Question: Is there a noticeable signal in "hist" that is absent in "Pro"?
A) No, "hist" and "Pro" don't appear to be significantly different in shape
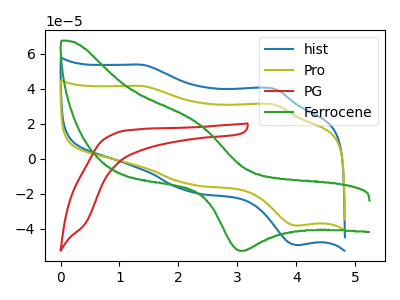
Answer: <think>The blue curve "hist" has anodic peaks at (1.40V, 53.70uA) (3.60V, 40.00uA) and cathodic peaks at (2.20V, -18.80uA) (4.05V, -49.30uA). The olive curve "Pro" has anodic peaks at (1.40V, 41.55uA) (3.60V, 30.95uA) and cathodic peaks at (2.20V, -14.55uA) (4.05V, -38.15uA). The red curve "PG" has no peaks. The green curve "Ferrocene" has an anodic peak at (2.30V, 20.95uA) and a cathodic peak at (3.10V, -52.55uA).
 All the peaks in "hist" have a peak in "Pro" at the same potential. Every peak in "hist" is higher than every peak in "Pro".</think>
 <answer>A) No, "hist" and "Pro" don't appear to be significantly different in shape</answer>
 <eval>A</eval>